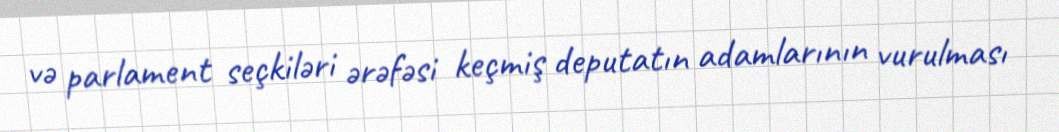
və parlament seçkiləri ərəfəsi keçmiş deputatın adamlarının vurulması